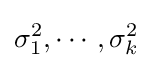
\sigma _{1}^{2},\cdots ,\sigma _{k}^{2}